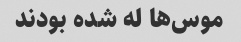
موس‌ها له شده بودند